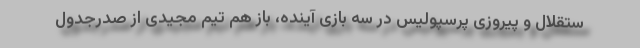
ستقلال و پیروزی پرسپولیس در سه بازی آینده، باز هم تیم مجیدی از صدرجدول